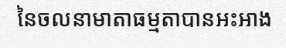
នៃចលនាមាតាធម្មតាបានអះអាង